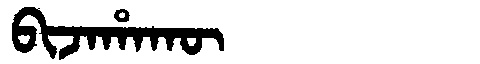
Manchu: ᠪᡳᠵᠠᡥᠠᡴᡡ
Romanization: BIJAHAKŪ